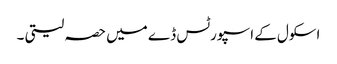
اسکول کے اسپورٹس ڈے میں حصہ لیتی ۔